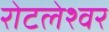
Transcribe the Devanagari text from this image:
रोटलेश्वर